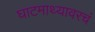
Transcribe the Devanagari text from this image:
घाटमाथ्यावरचं